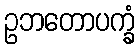
ဥဘတောပက္ခံ